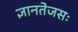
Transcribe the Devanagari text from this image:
ज्ञानतेजसः